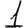
Digit: 1